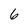
Character: 6